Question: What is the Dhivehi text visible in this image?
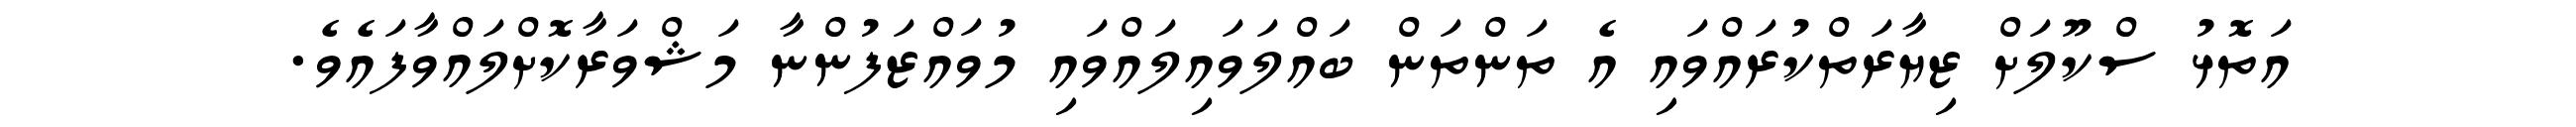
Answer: އަތޮޅު ސްކޫލަށް ޒިޔާރަތްކުރައްވައި އެ ތަންތަން ބައްލަވައިލައްވައި މުވައްޒަފުންނާ މަޝްވަރާކޮށްލައްވާފައެވެ.